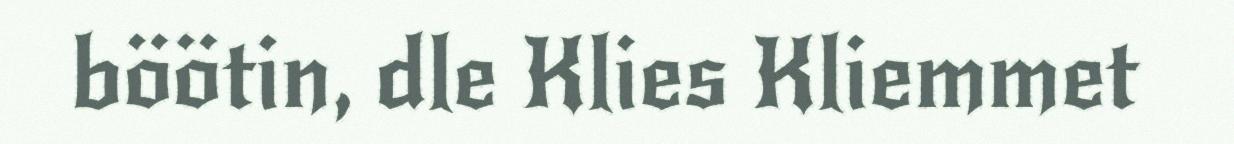
böötin, dle Klies Kliemmet